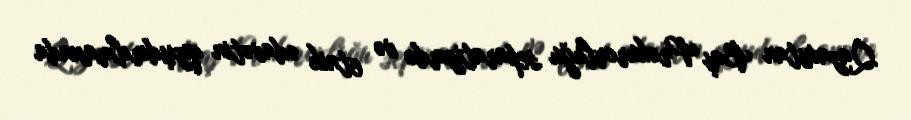
Qazaxıstan Baş Prokurorluğu separatizmdə və etnik ədavətin qızışdırılmasında